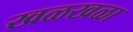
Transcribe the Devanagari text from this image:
खळखळा